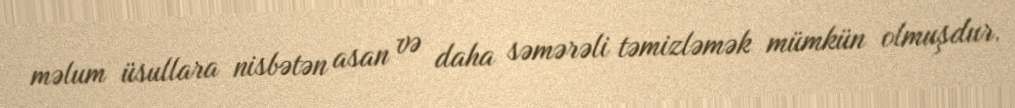
məlum üsullara nisbətən asan və daha səmərəli təmizləmək mümkün olmuşdur.